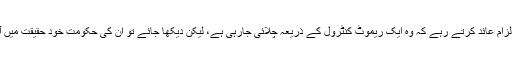
نریندر مودی ہمیشہ سابق یو پی اے حکومت پر الزام عائد کرتے رہے کہ وہ ایک ریموٹ کنٹرول کے ذریعہ چلائی جارہی ہے، لیکن دیکھا جائے تو ان کی حکومت خود حقیقت میں آر ایس ایس کے ریموٹ کنٹرول پر چل رہی ہے۔